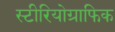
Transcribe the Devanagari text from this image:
स्टीरियोग्राफिक